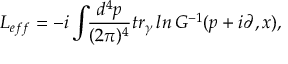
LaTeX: { \cal L } _ { e f f } = - i \int \! \! { \frac { d ^ { 4 } p } { ( 2 \pi ) ^ { 4 } } } t r _ { \gamma } \, l n \, G ^ { - 1 } ( p + i \partial , x ) ,